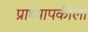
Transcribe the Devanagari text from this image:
प्राध्यापकीला